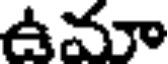
ఉమా